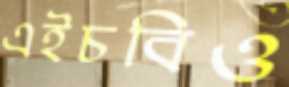
এইচবিও